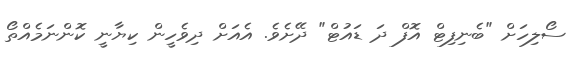
ސޯލިހަށް "ބެނިފިޓް އޮފް ދަ ޑައުޓް" ދޭށެވެ. އެއަށް ދިވެހީން ކިޔާނީ ކޮންނަމެއްތޯ